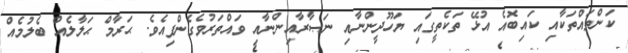
ކަންތައްތަކާއި ކައިބޮއެ އުޅޭ ތަކެތީގައި ޔަހޫދީންނާއި ނަޞާރާއިންނާއި ވައްތަރުވެގެންފިއެވެ. ޙަރާމް ޙަލާލެއް ބެލުމެއް